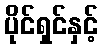
ပိုင်ရှင်နှင့်